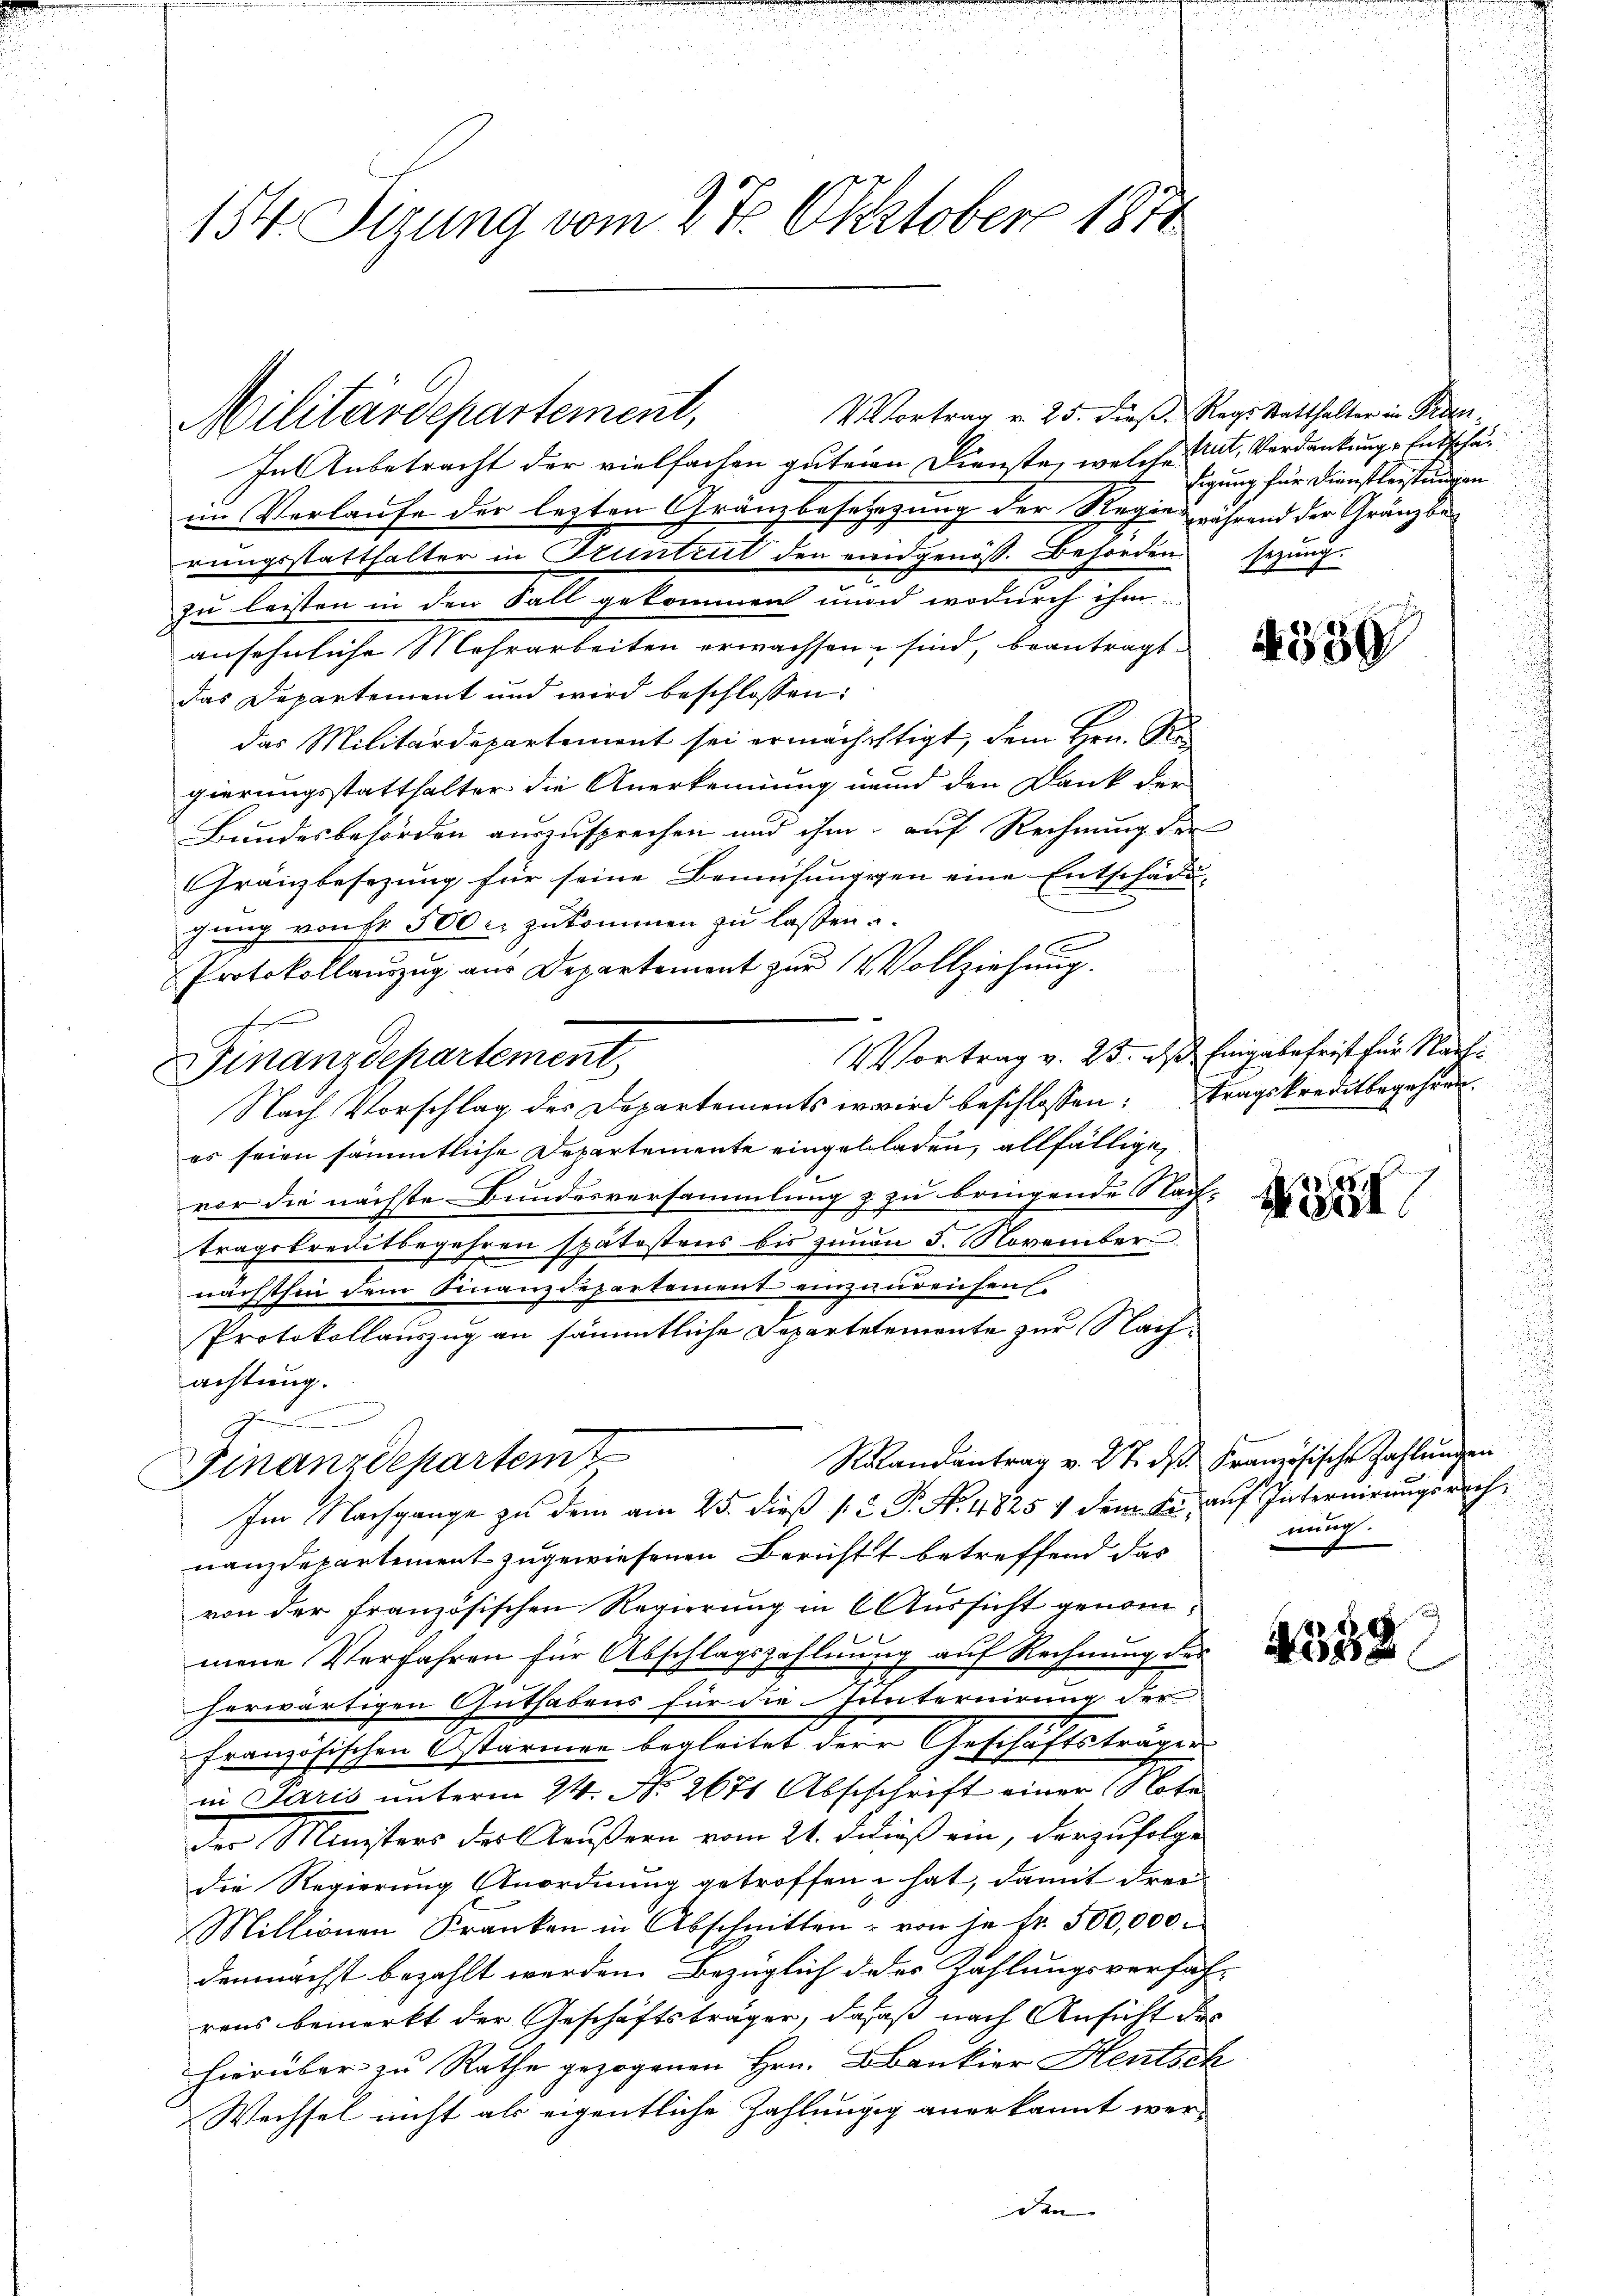
154. Sizung vom 2 t Oktober 1870

V. Vortrag v. 25. dieß. Reg. Statthalter in Pran¬
In Anbetracht der vielfachen gutein Dienste, welche Tat, Verdankunge Entschäim Verlaufe der lezten Gränzbesetzung der Regien während der Gränzberungsstatthalter in Gruntrut den eindgenöß. Behörden sezung
2
zu leisten in den Fall gekommen unnd wodurch ihm
ansehnliche Mehrarbeiten erwachsen sind, beantragt.
das Departement und wird beschlossen:
das Militärdepartement sei ermächchtigt, dem Hrn. Gr
gierungsstatthalter die Anerkennung und den Dank der
Bundesbehörden auszusprechen und ihm auf Rechnung der
Gränzbesezung für seine Bemühungssen eine Entschädi-
gang von Fr. 500 r. zukommen zu lassen.
x
Protokollauszug aus Departement zur Vollziehung.
f
Vortrag v. 25. ds. Eingabefrist für Nach¬
Finanzdepartement
Nach Vorschlag des Departements erwird beschlossen: tragskreditbegehren.
es seien sämmtliche Departemente eingebladen, allfällige
vor die nächste Bundesversammlung & zu bringende Nach-
tragskreditbegehren spätestens bis zuvon 5. November
nächsthin dem Finanzdepartement einzureichen
Protokollauszug an sämmtliche Departetemente zur Nachachtung.

Ralandantrag v. 27. d. Französische Zahlungen
Finanzdepartem
Im Nachgange zu dem am 25. dieß p. C. P. N. 4825 & dem Fr. auf Internirungsrechnanzdepartement zugewiesenen Berichtt betreffend das
von der französischen Regierung in 6 Aussicht genommene Verfahren für Abschlagszahlung auf Rechnung des
herwärtigen Guthabens für die Unternirung der
französischen Ostärmen begleitet dere Geschäftsträgen
in Paris unterm 24. No. 267 Abschrift einer Note
der Ministers des Aeußern vom 21. dieß ein, derzufolge
die Regierung Anordnung getroffen hat, damit drei¬
Millionen Franken in Abschnitten - von je Fr. 500,000.
demnächst bezahlt werden. Bezüglich des Zahlungsverfah-
rens bemerkt der Geschäftsträger, daß nach Ansicht des
hierüber zu Rathe gezogenen Hrn. Bankier Heutsch
Wechsel nicht als eigentliche Zahlungg anerkannt werden

Militärdepartement,

Eigung für Dienstleistungen

c

35

nung.

332